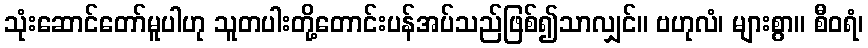
သုံးဆောင်တော်မူပါဟု သူတပါးတို့တောင်းပန်အပ်သည်ဖြစ်၍သာလျှင်။ ဗဟုလံ၊ များစွာ။ စီဝရံ၊